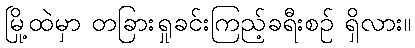
မြို့ထဲမှာ တခြားရှုခင်းကြည့်ခရီးစဉ် ရှိလား။